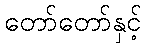
တော်တော်နှင့်